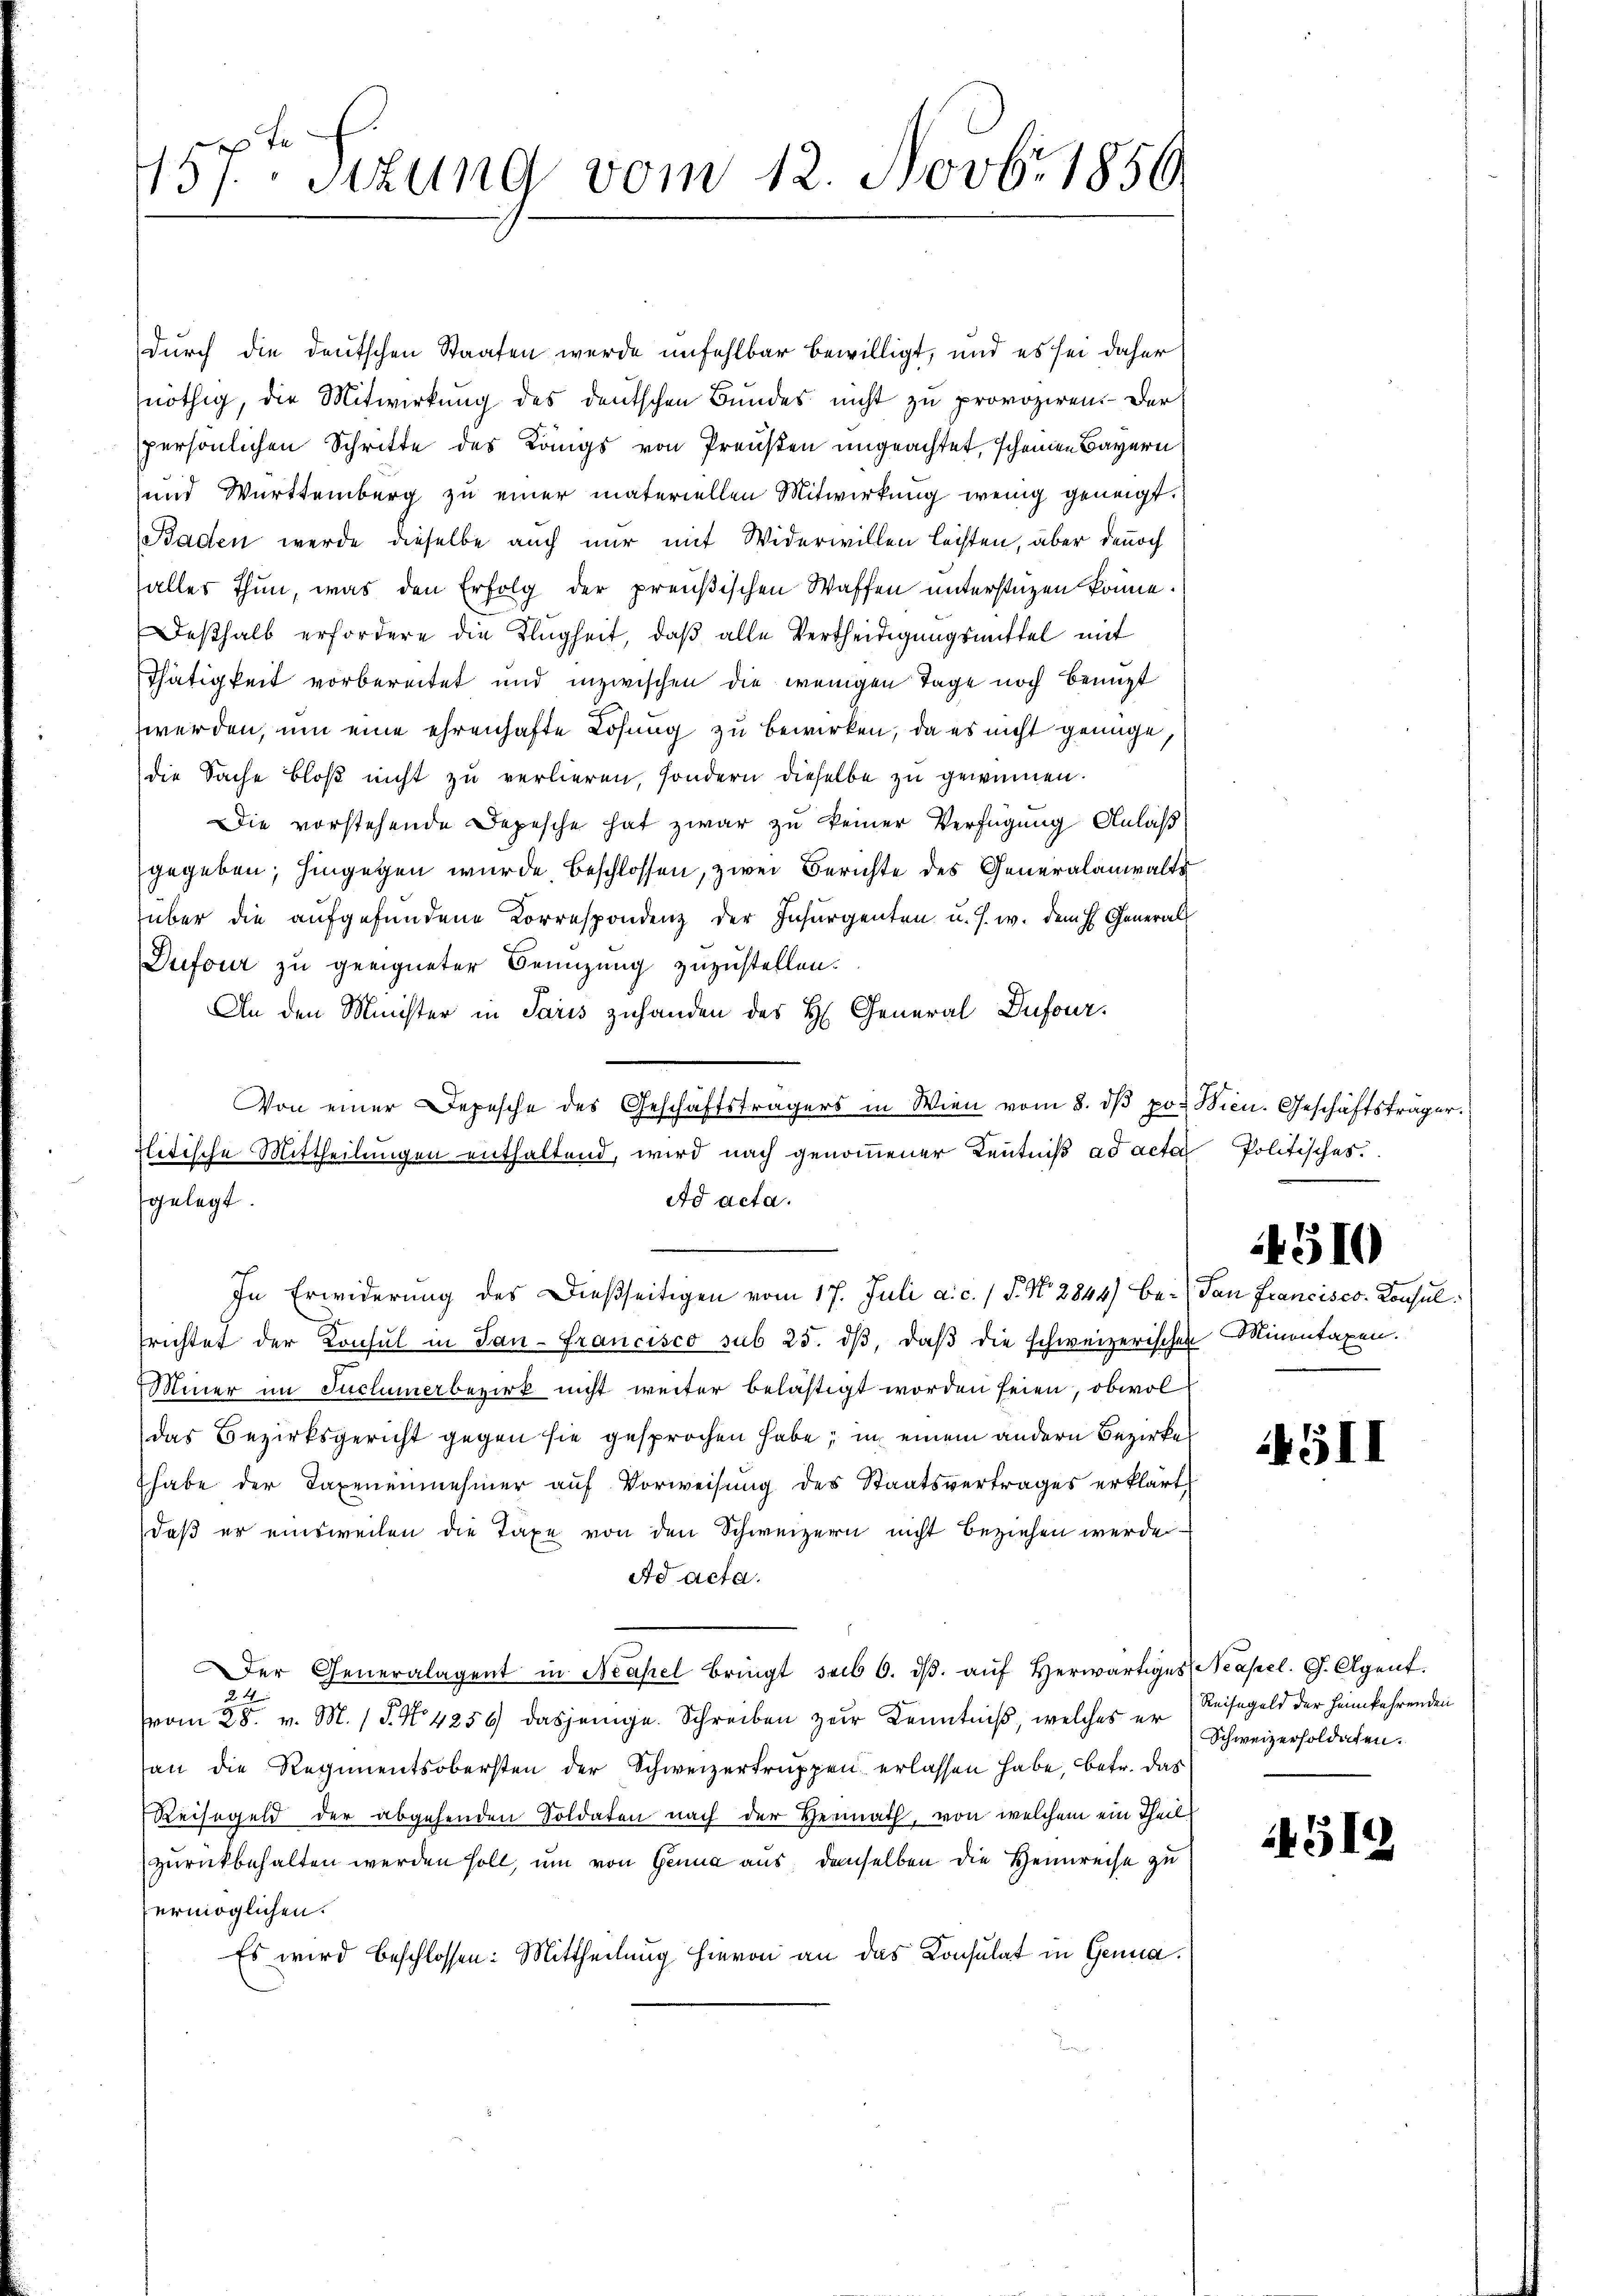
te
131. Sitzung vom 12. Novbr. 1850

durch die deutschen Staaten wurde unfehlbar bewilligt, und es sei daher
nöthig, die Mitwirkung des deutschen Bundes nicht zu provoziren. Der
persönlichen Schritte des Kängs von Preußen ungeachtet, scheinen Bayern
und Württemberg zu einer materiellen Mitwirkung wenig geneigt.
Baden werde dieselbe auch nur mit Widerwillen leisten, aber dennoch
alles thun, was den Erfolg der preußischen Waffen unterstüzen könne.
Deßhalb erfordere die Klugheit, daß alle Vertheidigungsmittel mit
Thätigkeit vorbereitet und inzwischen die wenigen Tage noch Benuzt
werden, um eine ehrenhafte Lösung zu bewirken, da es nicht genüge,
die Sache bloß nicht zu verlieren, sondern dieselbe zu gewinnen.
Die vorstehende Depesche hat zwar zu keiner Verfügung Anlaß
gegeben; hingegen wurde beschlossen, zwei Berichte des Generalanwalte
über die aŭfgefundene Korrespondenz der Insŭrgenten u. s. w. dem H. General
Dufour zu geeigneter Benuzung zuzustellen.
An den Minister in Paris zuhanden des H. General Dufour
Von einer Depesche des Geschäftsträgers in Wien vom 8. dβ po. Wien. Geschäftsträger.
Ad acta.
gelegt.
ch
In Erwiderung des dießseitigen vom 17. Juli a. c. / P. N. 2844) be- San Francisco Consulfrichtet der Konsul in Jan-Francisco sub 25. dβ, daβ die schweizerischen Minentaxen.
Miner im Suclumerbezirk nicht weiter belästigt worden seien, obwol
das Bezirksgericht gegen sie gesprochen habe; in einem andern Bezirke
habe der Taxenennehmer aŭf Vorweisung des Staatsvertrages erklärt
daß er einsweilen die Taxe von den Schweizern nicht beziehen werde.
Ad acta.
er Generalagent in Neapel bringt seib 6. dβ aŭf herwärtiges (Neapel. G. Agent
24
vom 28. v. M. P. No 4256 dasjenige Schreiben zur Kenntniß, welches er
an die Regimentsobersten der Schweizertruppen erlassen habe, betr. das
Reisegeld der abgehenden Soldaten nach der Heimath, von welchem ein Theil
zurückbehalten werden soll, um von Genua aus, demselben die Heimreise zu
vermöglichen.
Es wird beschlossen: Mittheilung hievon an das Konsulat in Gena¬

litische Mittheilungen enthaltend, wird nach genommener Kenntniß ad acta Politisches.

4510

45II

Reisegeld der Heimkehrenden
Schweizersoldaten.

514